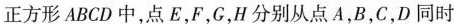
正方形ABCD中，点E，F，G，H分别从点A，B，C，D同时